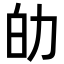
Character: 劰